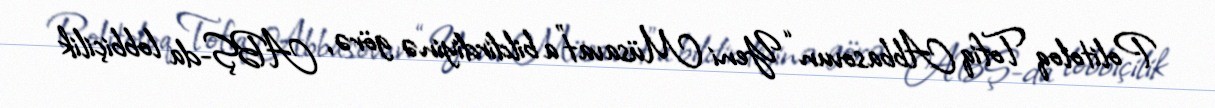
Politoloq Tofiq Abbasovun “Yeni Müsavat”a bildirdiyinə görə, ABŞ-da lobbiçilik